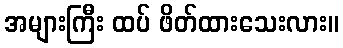
အများကြီး ထပ် ဖိတ်ထားသေးလား။